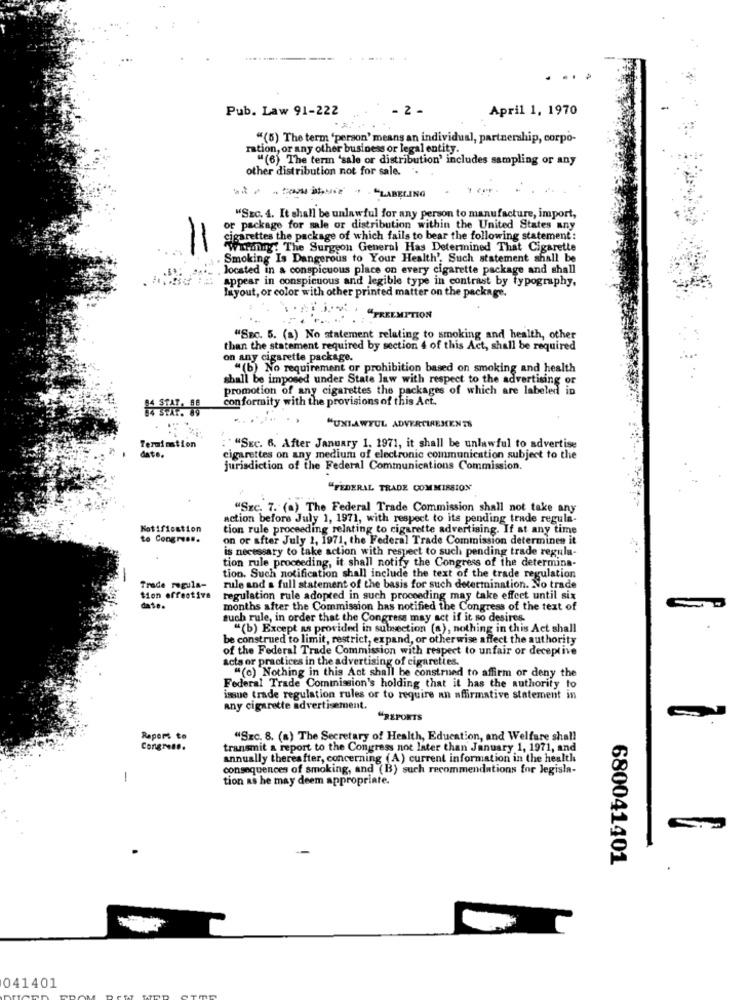
...
Pub. Law 91-222
April 1, 1970
"(5) The term 'person' means an individual, partnership, corpo-
ration, or any other business or legal entity.
"(6) The term "sale or distribution' includes sampling or any
other distribution not for sale.
. "LABELING
"SEC. 4. It shall be unlawful for any person to manufacture, import,
or package for sale or distribution within the United States any
11
cigarettes the package of which fails to bear the following statement :
warming: The Surgeon General Has Determined That Cigarette
Smoking Is Dangerous to Your Health', Such statement shall be
located in a conspicuous place on every cigarette package and shall
appear in conspicuous and legible type in contrast by typography,
layout, or color with other printed matter on the package.
"PREEMPTION
"Sec. 5. (a) No statement relating to smoking and health, other
than the statement required by section 4 of this Act, shall be required
on any cigarette package.
"(b) No requirement or prohibition based on smoking and health
shall be imposed under State law with respect to the advertising or
promotion of any cigarettes the packages of which are labeled in
conformity with the provisions of this Act.
"UNLAWFUL ADVERTIREMENTS
Termination
date.
"SEC. 6. After January 1. 1971, it shall be unlawful to advertise
cigarettes on any medium of electronic communication subject to the
jurisdiction of the Federal Communications Commission.
"FEDERAL TRADE COMMISSION
"SEC. 7. (a) The Federal Trade Commission shall not take any
action before July 1, 1971, with respect to its pending trade regula-
Notification
tion rule proceeding relating to cigarette advertising. If at any time
to Congress.
on or after July 1, 1971, the Federal Trade Commission determinen it
is necessary to take action with respect to such pending trade regula-
tion rule proceeding, it shall notify the Congress of the determina-
tion. Such notification shall include the text of the trade regulation
Trade regula-
rule and a full statement of the basis for such determination. No trade
tion effective
regulation rule adopted in such proceeding may take effect until six
date.
months after the Commission has notified the Congress of the text of
such rule, in order that the Congress may act if it so desires.
"(b) Except as provided in subsection (a), nothing in this Act shall
be construed to limit, restrict, expand, or otherwise affect the authority
of the Federal Trade Commission with respect to unfair or deceptive
acts or practices in the advertising of cigarettes.
"(o) Nothing in this Act shall be construed to affirm or deny the
Federal Trade Commission's holding that it has the authority to
issue trade regulation rules or to require an affirmative statement in
any cigarette advertisement.
"REPORTS
Rapers to
"SEC. 8. (a) The Secretary of Health, Education, and Welfare shall
Congress.
transmit a report to the Congress not later than January 1, 1971, and
annually thereafter, concerning (A) current information in the health
consequences of smoking, and (B) such recommendations for legisla-
-
tion as he may deem appropriate.
680041401
041401